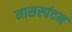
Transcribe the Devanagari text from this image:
नासस्पंदन